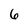
Character: 6